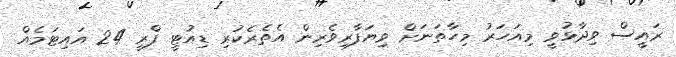
ރައީސް ވިދާޅުވީ މިއަހަރު މިހާތަނަށް ވިޔަފާރިވެރިން އެތެރެކުރި ޑިއުޓީ ފްރީ 24 އައިޓަމެއް